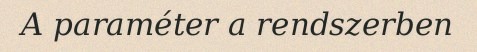
A paraméter a rendszerben